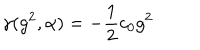
LaTeX: \gamma ( g ^ { 2 } , \alpha ) = - \frac { 1 } { 2 } c _ { 0 } g ^ { 2 }